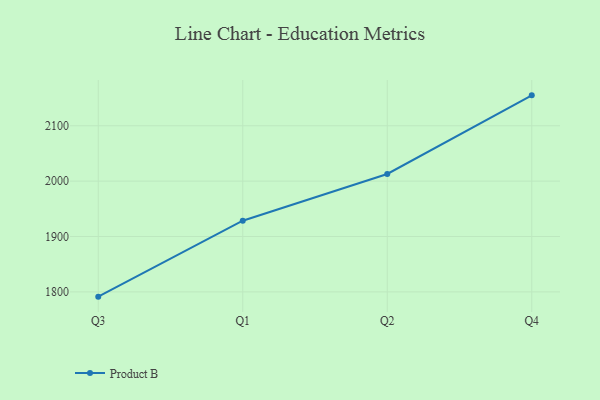
{"axis": {"x": "Quarter", "y": "Conversion Rate (%)"}, "legend": ["Product B"], "data": [{"x": "Q3", "y": 1791.4, "type": "Product B"}, {"x": "Q1", "y": 1928.5, "type": "Product B"}, {"x": "Q2", "y": 2012.9, "type": "Product B"}, {"x": "Q4", "y": 2154.9, "type": "Product B"}]}